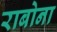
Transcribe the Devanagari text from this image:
राबोना